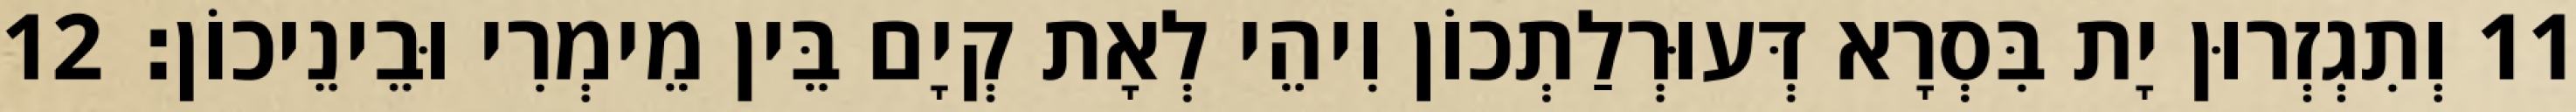
11 וְתִגְזְרוּן יָת בִּסְרָא דְּעוּרְלַתְכוֹן וִיהֵי לְאָת קְיָם בֵּין מֵימְרִי וּבֵינֵיכוֹן׃ 12